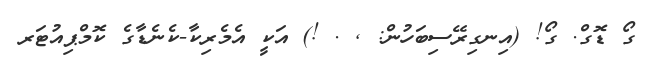
ގޯ ޑޮގް. ގޯ! (އިނގިރޭސިބަހުން: